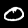
Label: 0